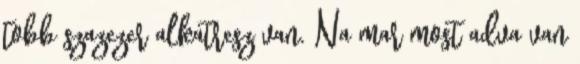
tobb szazezer alkatresz van. Na mar most adva van